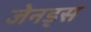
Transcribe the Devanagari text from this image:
जेनड्स